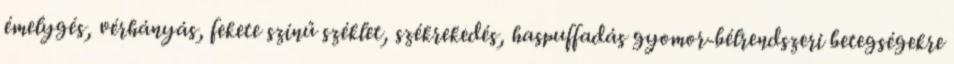
émelygés, vérhányás, fekete színű széklet, székrekedés, haspuffadás gyomor-bélrendszeri betegségekre